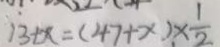
1 3 + x = ( 4 7 + x ) \times \frac { 1 } { 2 }